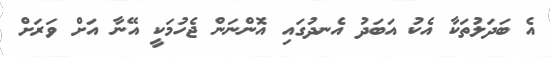
އެ ބަދަލުތަކާ އެކު އަބަދު އެނދުގައި އޮންނަން ޖެހުމަކީ އޭނާ އަށް ވަރަށް